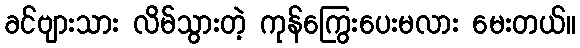
ခင်ဗျားသား လိမ်သွားတဲ့ ကုန်ကြွေးပေးမလား မေးတယ်။